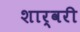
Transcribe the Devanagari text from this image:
शार्वरी